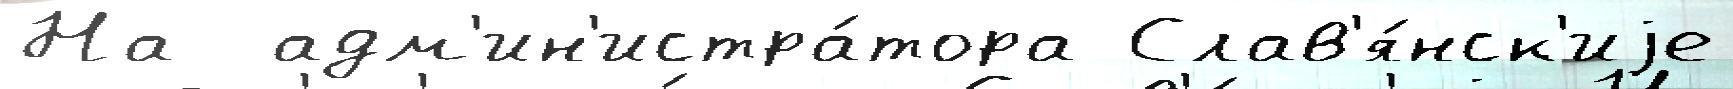
На  адм'ин'истра́тора Слав'я́нск'иjе